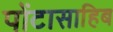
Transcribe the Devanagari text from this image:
पोंटासाहिब